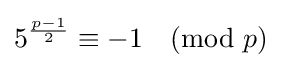
5^{\frac {p-1}{2}}\equiv -1{\pmod {p}}